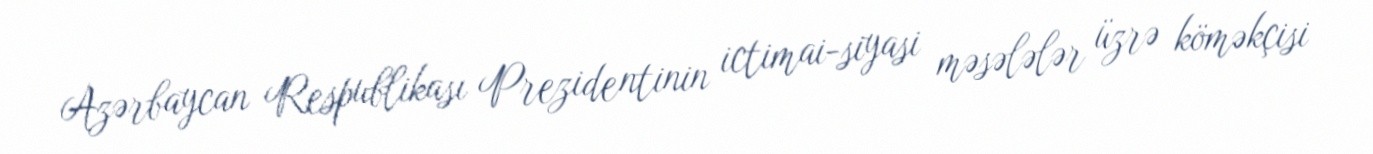
Azərbaycan Respublikası Prezidentinin ictimai-siyasi məsələlər üzrə köməkçisi